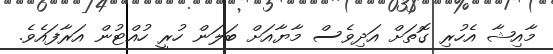
މާއިޝާ އެހުރި ގޮތަށް އަދިވެސް މާޔާއަށް ބަލަން ހުރީ ހުއްޓުން އަރާފައެވެ.